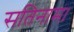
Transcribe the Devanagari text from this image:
सतिनाम।